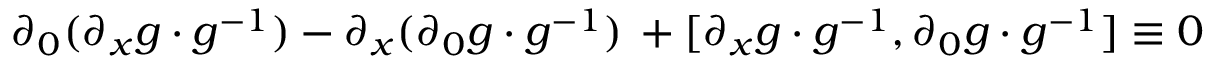
\partial _ { 0 } ( \partial _ { x } g \cdot g ^ { - 1 } ) - \partial _ { x } ( \partial _ { 0 } g \cdot g ^ { - 1 } ) \, + [ \partial _ { x } g \cdot g ^ { - 1 } , \partial _ { 0 } g \cdot g ^ { - 1 } ] \equiv 0